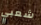
شعبي